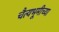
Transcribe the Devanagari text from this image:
चैत्यभूमीच्या